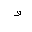
Letter: _waw